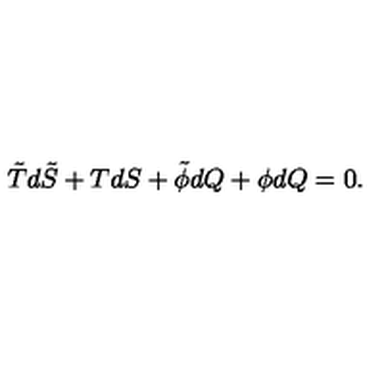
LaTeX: \tilde { T } d \tilde { S } + T d S + \tilde { \phi } d Q + \phi d Q = 0 .